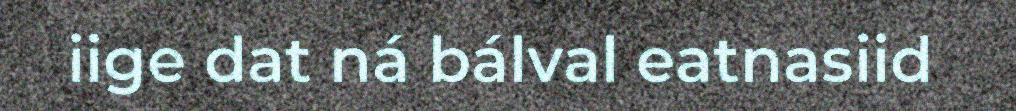
iige dat ná bálval eatnasiid